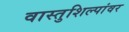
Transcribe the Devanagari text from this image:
वास्तुशिल्पांवर